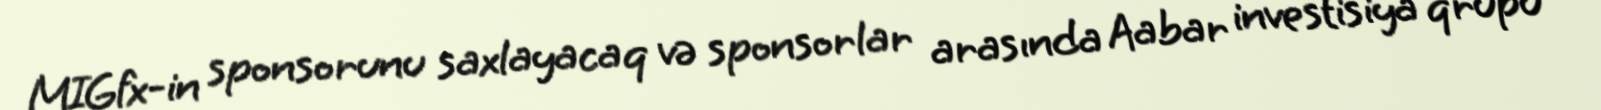
MIGfx-in sponsorunu saxlayacaq və sponsorlar arasında Aabar investisiya qrupu